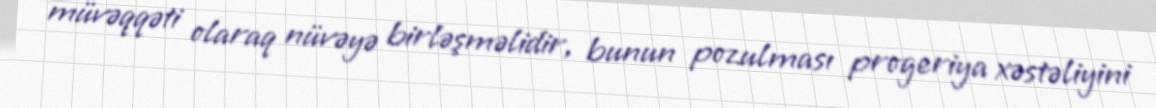
müvəqqəti olaraq nüvəyə birləşməlidir, bunun pozulması progeriya xəstəliyini